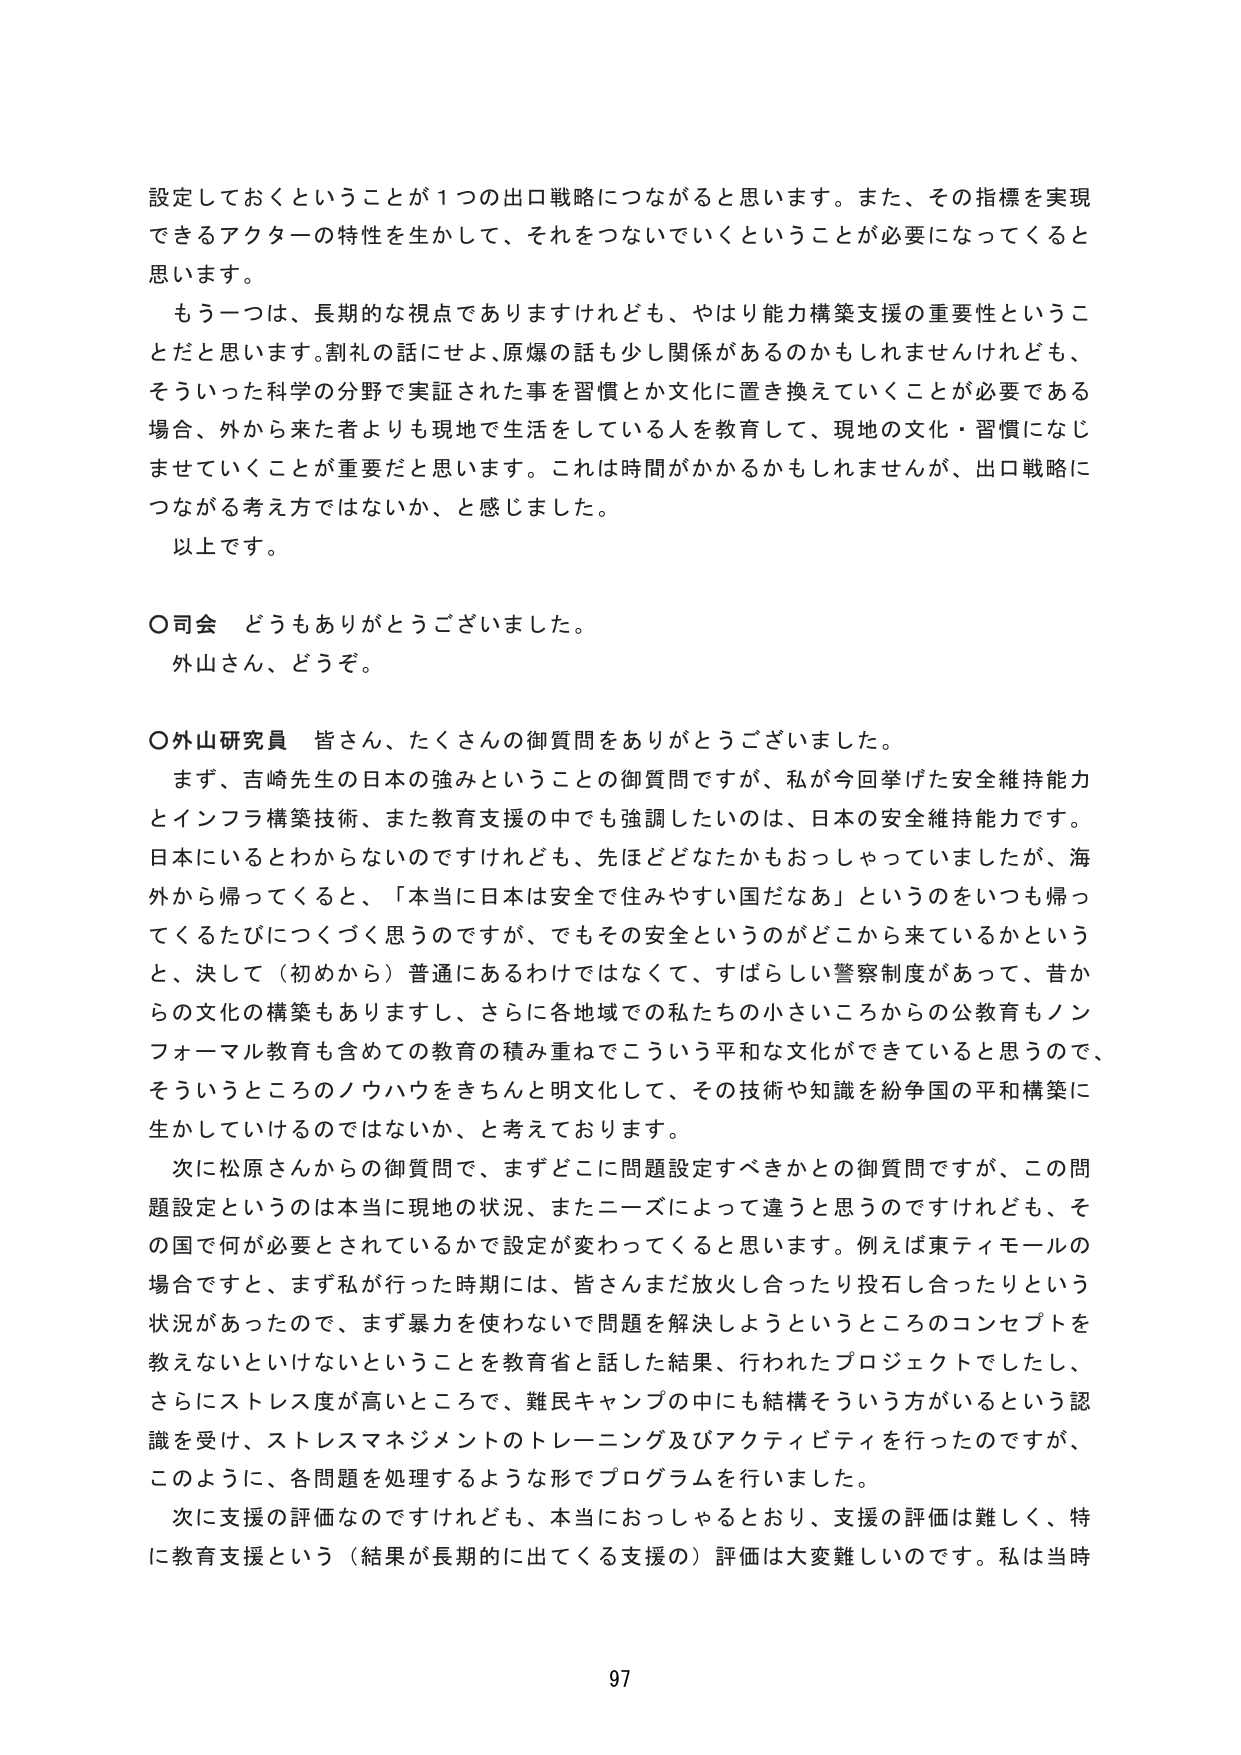
設定しておくということが１つの出口戦略につながると思います。また、その指標を実現できるアクターの特性を生かして、それをつないでいくということが必要になってくると思います。

もう一つは、長期的な視点ではありますけれども、やはり能力構築支援の重要性ということだと思います。割礼の話にせよ、原爆の話も少し関係があるのかもしれませんが、そういった科学的分野で実証された事を習慣とか文化に置き換えていくことが必要である場合、外から来た者よりも現地で生活をしている人を教育して、現地の文化・習慣になじませていくことが重要だと思います。これは時間がかかるかもしれませんが、出口戦略につながる考え方ではないか、と感じました。

以上です。

○司会　どうもありがとうございました。
外山さん、どうぞ。

○外山研究員　皆さん、たくさんの御質問をありがとうございました。
まず、吉崎先生の日本の強みということの御質問ですが、私が今回挙げた安全維持能力とインフラ構築技術、また教育支援の中でも強調したいのは、日本の安全維持能力です。日本にいるとわからないのですけれども、先ほどどなたかもおっしゃっていましたが、海外から帰ってくると、「本当に日本は安全で住みやすい国だなあ」というのをいつも帰ってくるたびにつくづく思うのですが、でもその安全というのがどこから来ているかというと、決して（初めから）普通にあるわけではなくて、すばらしい警察制度があって、昔からの文化の構築もありますし、さらに各地域での私たちの小さいころからの公教育もノンフォーマル教育も含めての教育の積み重ねでこういう平和な文化ができていると思うので、そういうところのノウハウをきちんと明文化して、その技術や知識を紛争国の平和構築に生かしていけるのではないか、と考えております。

次に松原さんからの御質問で、まずどこに問題設定すべきかとの御質問ですが、この問題設定というのは本当に現地の状況、またニーズによって違うと思うのですけれども、その国で何が必要とされているかで設定が変わってくると思います。例えば東ティモールの場合ですと、まず私が行った時期には、皆さんまだ放火し合ったり投石し合ったりという状況があったので、まず暴力を使わなくて問題を解決しようというところのコンセプトを教えないといけないということを教育省と話した結果、行われたプロジェクトでしたし、さらにストレス度が高いところで、難民キャンプの中にも結構そういう方がいるという認識を受け、ストレスマネジメントのトレーニング及びアクティビティを行ったのですが、このように、各問題を処理するような形でプログラムを行いました。

次に支援の評価なのですがけれども、本当におっしゃるとおり、支援の評価は難しく、特に教育支援という（結果が長期的に出てくる支援の）評価は大変難しいのです。私は当時

97